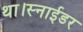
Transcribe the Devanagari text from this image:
था।स्नाईडर